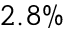
2 . 8 \%